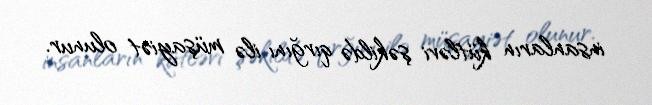
insanların kütləvi şəkildə qırğını ilə müşayiət olunur.